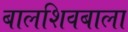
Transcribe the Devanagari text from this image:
बालशिवबाला